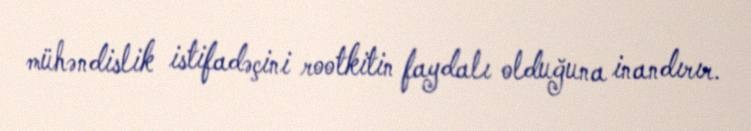
mühəndislik istifadəçini rootkitin faydalı olduğuna inandırır.